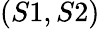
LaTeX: (S1,S2)